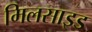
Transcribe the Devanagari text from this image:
मिलसाइड